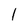
Character: l